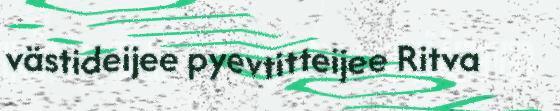
västideijee pyevtitteijee Ritva